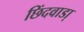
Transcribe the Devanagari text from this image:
छिंदवाडा़